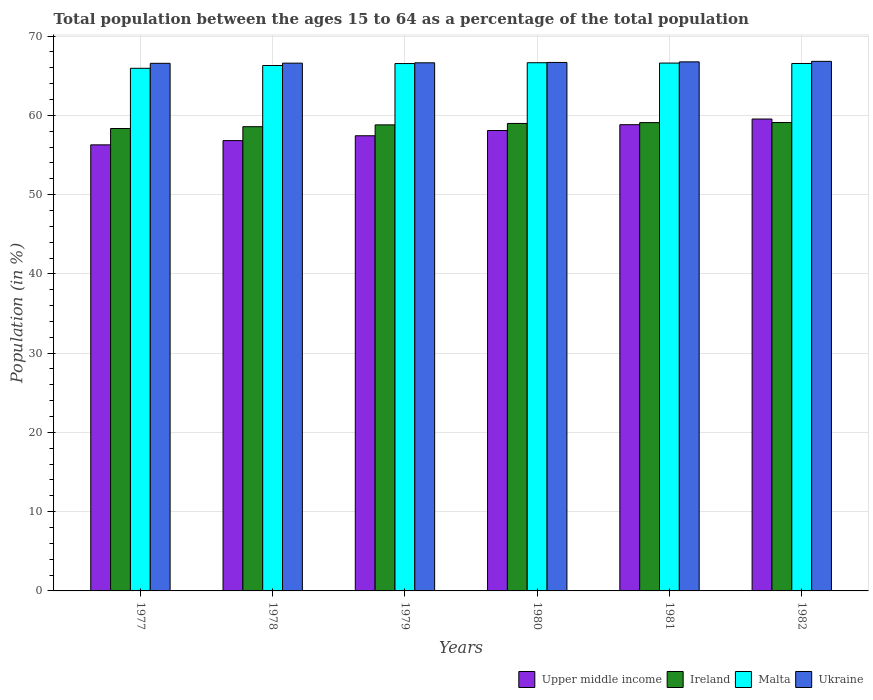
| Years | Upper middle income | Ireland | Malta | Ukraine |
 | --- | --- | --- | --- | --- |
 | 1977 | 56.3 | 58.3 | 65.9 | 66.6 |
 | 1978 | 56.8 | 58.6 | 66.3 | 66.6 |
 | 1979 | 57.4 | 58.8 | 66.5 | 66.6 |
 | 1980 | 58.1 | 59 | 66.6 | 66.7 |
 | 1981 | 58.8 | 59.1 | 66.6 | 66.8 |
 | 1982 | 59.5 | 59.1 | 66.5 | 66.8 |